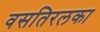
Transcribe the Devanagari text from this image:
वसतिरलका